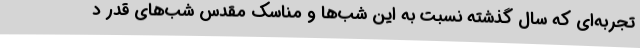
تجربه‌ای که سال گذشته نسبت به این شب‌ها و مناسک مقدس شب‌های قدر د